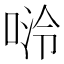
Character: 𫪬